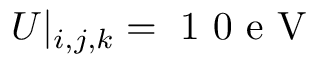
U | _ { i , j , k } = \mathrm { ~ 1 ~ 0 ~ e ~ V ~ }